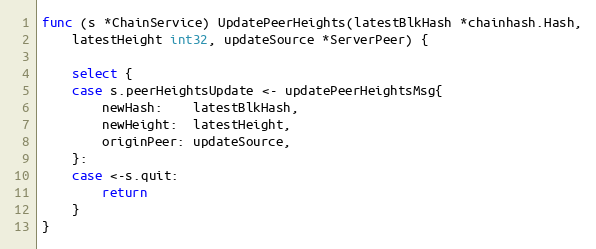
Language: Go
func (s *ChainService) UpdatePeerHeights(latestBlkHash *chainhash.Hash,
	latestHeight int32, updateSource *ServerPeer) {

	select {
	case s.peerHeightsUpdate <- updatePeerHeightsMsg{
		newHash:    latestBlkHash,
		newHeight:  latestHeight,
		originPeer: updateSource,
	}:
	case <-s.quit:
		return
	}
}